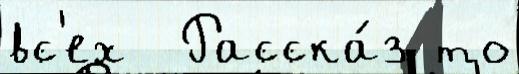
вс'ех  Расска́з то